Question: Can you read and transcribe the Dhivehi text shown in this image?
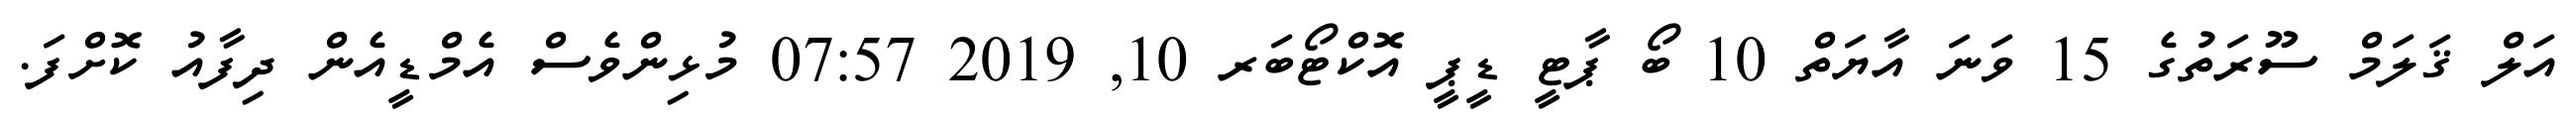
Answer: އަލް ޤަލަމް ސޫރަތުގެ 15 ވަނަ އާޔަތް 10 ބޯ ޕާޓީ ޑީޕީ އޮކްޓޯބަރ 10, 2019 07:57 މުޅިންވެސް އެމްޑީއެން ދިފާއު ކޮށްފަ.